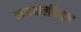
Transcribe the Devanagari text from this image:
हालचालींबद्दल